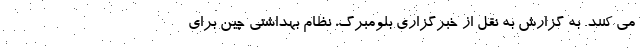
می کنند. به گزارش به نقل از خبرگزاری بلومبرگ، نظام بهداشتی چین برای